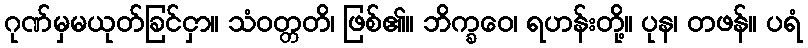
ဂုဏ်မှမယုတ်ခြင်ငှာ။ သံဝတ္တတိ၊ ဖြစ်၏။ ဘိက္ခဝေ၊ ရဟန်းတို့။ ပုန၊ တဖန်။ ပရံ